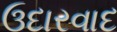
ઉદારવાદ